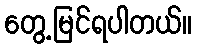
တွေ့မြင်ရပါတယ်။